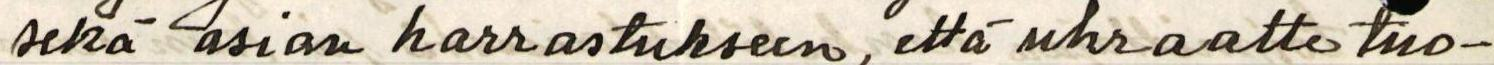
sekä asian harrastukseen, että uhraatte tuo-